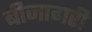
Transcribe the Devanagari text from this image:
बीजागरी